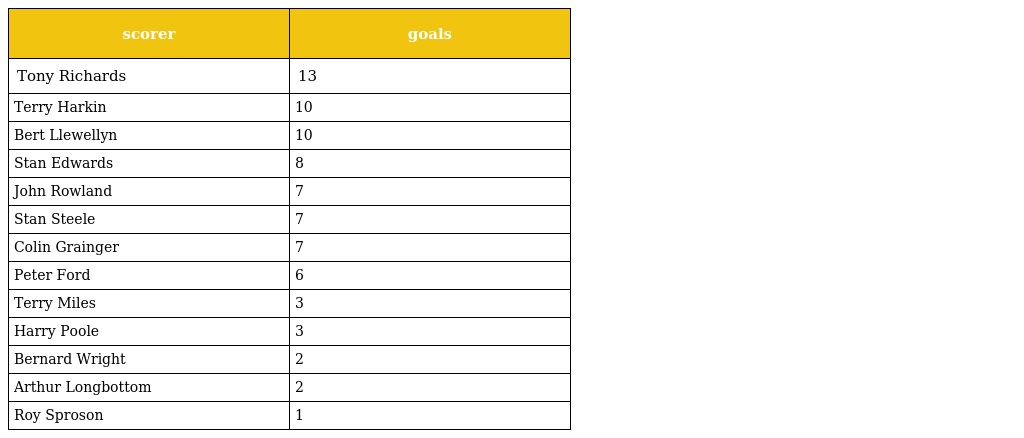
| scorer | goals |
 | --- | --- |
 | Tony Richards | 13 |
 | Terry Harkin | 10 |
 | Bert Llewellyn | 10 |
 | Stan Edwards | 8 |
 | John Rowland | 7 |
 | Stan Steele | 7 |
 | Colin Grainger | 7 |
 | Peter Ford | 6 |
 | Terry Miles | 3 |
 | Harry Poole | 3 |
 | Bernard Wright | 2 |
 | Arthur Longbottom | 2 |
 | Roy Sproson | 1 |